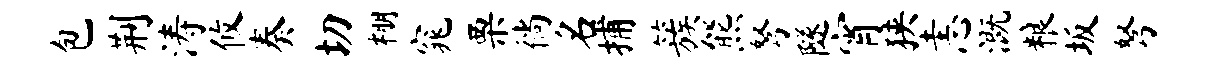
包荆涛攸奏切棚窕栗徜名捕簇熊弩隧宵狭恚溉粮坂弩